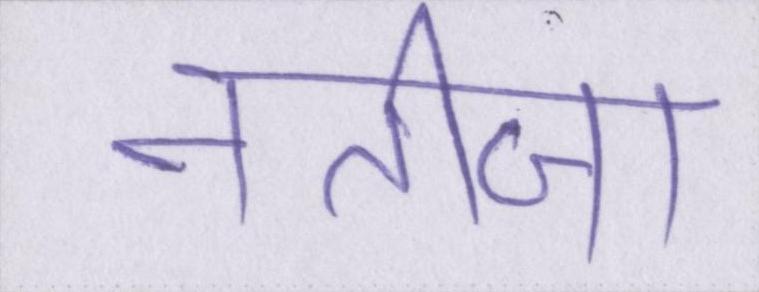
नतीजा